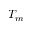
T _ { m }